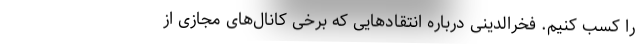
را کسب کنیم. فخرالدینی درباره انتقادهایی که برخی کانال‌های مجازی از